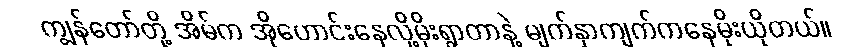
ကျွန်တော်တို့ အိမ်က အိုဟောင်းနေလို့မိုးရွာတာနဲ့ မျက်နှာကျက်ကနေမိုးယိုတယ်။